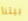
بيتنا